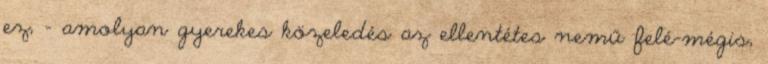
ez, – amolyan gyerekes közeledés az ellentétes nemű felé-mégis,